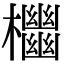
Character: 𣠭